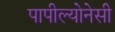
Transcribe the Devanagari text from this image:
पापील्योनेसी